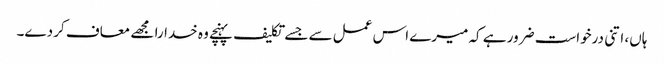
ہاں، اتنی درخواست ضرور ہے کہ میرے اس عمل سے جسے تکلیف پہنچے وہ خدارا مجھے معاف کر دے۔